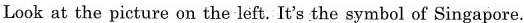
Look at the picture on the left. It's the symbol of Singapore.